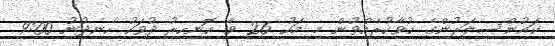
ކައުންސިލަރުންގެ ހުވާކުރެއްވުން މި މަހު 26 ވާ ހޮނިހިރު ދުވަހު ހެނދުނު 9:00